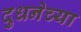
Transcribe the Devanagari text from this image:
दुधनेच्या